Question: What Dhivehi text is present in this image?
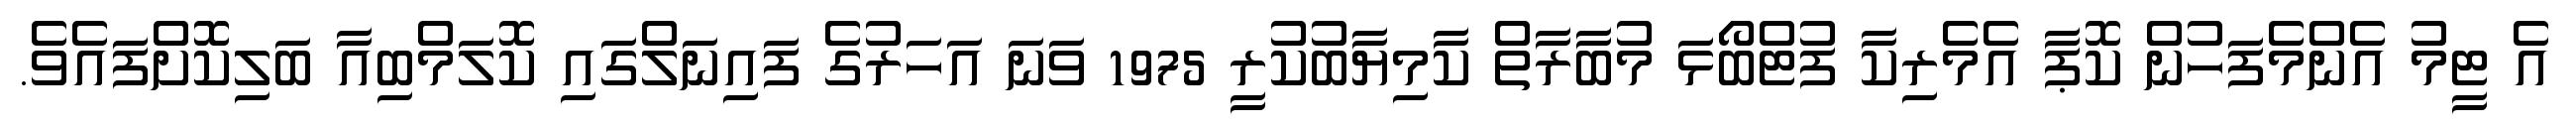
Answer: އެ ޓީމު އެންމެފަހުން ކޮޕާ އެމެރިކާ ފުޓްބޯޅަ މުބާރާތް ކާމިޔާބުކުރީ 1975 ވަނަ އަހަރުގެ ފައިނަލްގައި ކޮލަމްބިއާ ބަލިކޮށްފައެވެ.